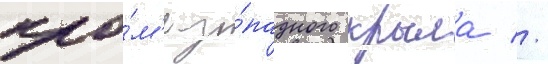
кро́м'е за́падного крыла //